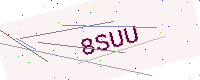
Text: 8SUU